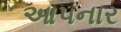
આ૫નાર